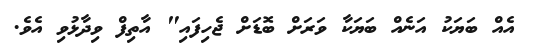
އެއް ބަޔަކު އަނެއް ބަޔަކާ ވަރަށް ބޮޑަށް ޖެހިފައި" އާތިފް ވިދާޅުވި އެވެ.